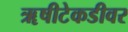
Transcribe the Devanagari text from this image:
ॠषीटेकडीवर